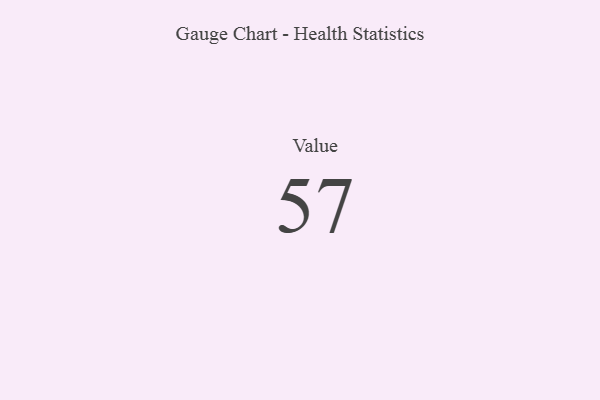
{"axis": {"x": "Metric", "y": "Value"}, "legend": [""], "data": [{"x": "Value", "y": 57, "type": ""}]}